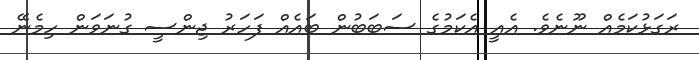
ރަގަޅުކަމެއް ނޫނެވެ. އެއީ އެކަމުގެ ސަބަބުން ބައެއް ފަހަރު ޖިންސީ ގުނަވަން ހިމެނޭ